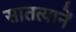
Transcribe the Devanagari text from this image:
सातत्यानें